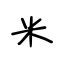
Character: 米